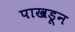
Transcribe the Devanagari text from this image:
पाखडून